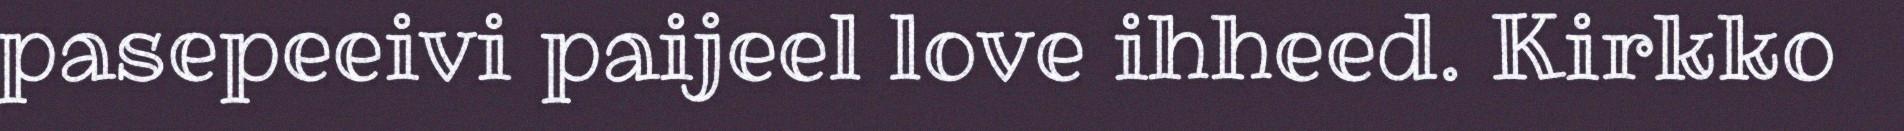
pasepeeivi paijeel love ihheed. Kirkko